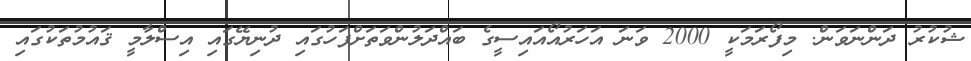
ޝުކުރު ދަންނަވަން. މިފޯރަމަކީ 2000 ވަނަ އަހަރުއޯއައިސީގެ ބައްދަލުންވަތަށްފަހުގައި ދުނިޔޭގައި އިސްލާމީ ޤައުމުތަކުގައި